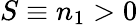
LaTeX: S\equiv n_{1}>0